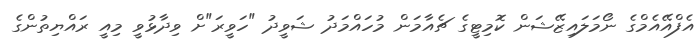
އެފްއޭއެމްގެ ނޯމަލައިޒޭޝަން ކޮމިޓީގެ ޗެއާމަން މުހައްމަދު ޝަވީދު "ހަވީރަ"ށް ވިދާޅުވީ މިއީ ރައްޔިތުންގެ